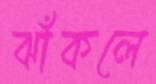
ঝাঁকলে